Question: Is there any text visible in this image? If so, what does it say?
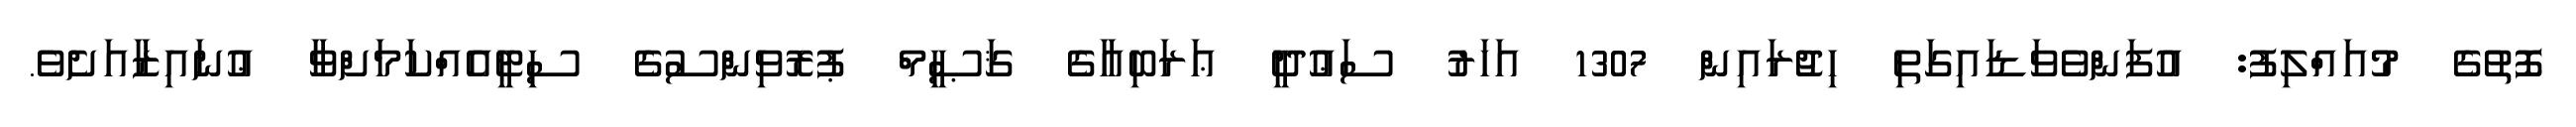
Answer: ފޮތުގެ މުއައްލިފު: އުފަންވެވަޑައިގަތި ހިޖުރައިން 1307 އަހަރު ސަޢުދީ ޢަރަބިއާގެ ޤަޞީމް ޕުރޮވިންސުގެ ސިޓީއެއްކަމަށްވާ ޢުނައިޒާއަށެވެ.